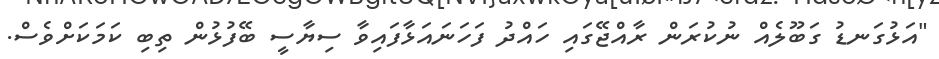
"އަޅުގަނޑު ގަބޫލެއް ނުކުރަން ރާއްޖޭގައި ހައްދު ފަހަނައަޅާފައިވާ ސިޔާސީ ބޭފުޅުން ތިބި ކަމަކަށްވެސް.